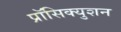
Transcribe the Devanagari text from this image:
प्रॉसिक्युशन